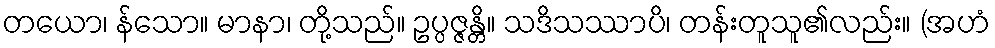
တယော၊ န်သော။ မာနာ၊ တို့သည်။ ဥပ္ပဇ္ဇန္တိ။ သဒိသဿာပိ၊ တန်းတူသူ၏လည်း။ (အဟံ